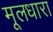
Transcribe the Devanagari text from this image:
मूलधारा